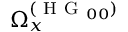
\Omega _ { x } ^ { ( \mathrm { ~ H ~ G ~ } _ { 0 0 } ) }